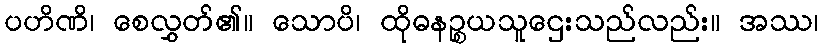
ပဟိဏိ၊ စေလွှတ်၏။ သောပိ၊ ထိုဓနဉ္စယသူဌေးသည်လည်း။ အဿ၊